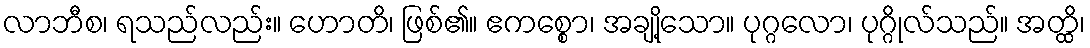
လာဘီစ၊ ရသည်လည်း။ ဟောတိ၊ ဖြစ်၏။ ဧကစ္စော၊ အချို့သော။ ပုဂ္ဂလော၊ ပုဂ္ဂိုလ်သည်။ အတ္ထိ၊